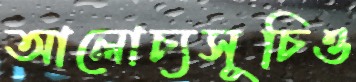
আলোচ্যসূচিও